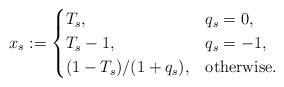
LaTeX: \begin{align*}x_s:=\begin{cases}T_s, & q_s=0,\\T_s-1, & q_s=-1, \\(1-T_s)/(1+q_s), & {\rm otherwise}. \end{cases}\end{align*}